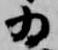
為